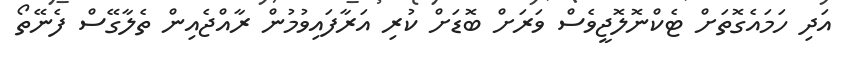
އަދި ހަމައެގޮތަށް ޓެކްނޮލޮޖީވެސް ވަރަށް ބޮޑަށް ކުރި އަރާފައިވުމުން ރާއްޖެއިން ތެލާގޭސް ފެނޭތޯ